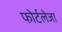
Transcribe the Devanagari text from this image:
फोर्टलेजा